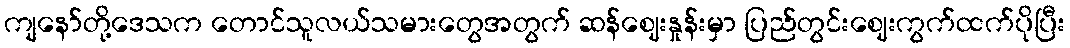
ကျနော်တို့ဒေသက တောင်သူလယ်သမားတွေအတွက် ဆန်ဈေးနှုန်းမှာ ပြည်တွင်းဈေးကွက်ထက်ပိုပြီး